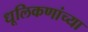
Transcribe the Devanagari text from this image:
धूलिकणांच्या